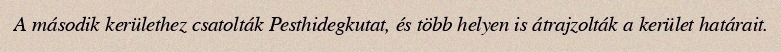
A második kerülethez csatolták Pesthidegkutat, és több helyen is átrajzolták a kerület határait.